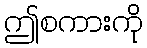
ဤစကားကို